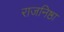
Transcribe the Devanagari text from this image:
राजनिष्ठा